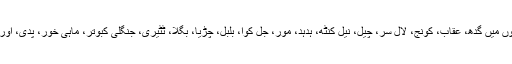
یہاں دیکھے گئے پرندوں میں گدھ، عقاب، کونج، لال سر، چیل، نیل کنٹھ، ہدہد، مور، جل کوا، بلبل، چڑیا، بگلا، ٹٹیری، جنگلی کبوتر، ماہی خور، پدی، اور ٹوپی وغیرہ شامل ہیں۔